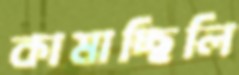
কামাচ্ছিলি